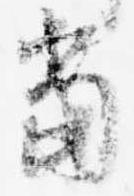
当